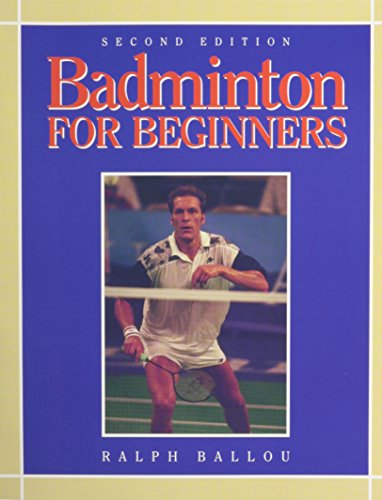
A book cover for Badminton for Beginners (Morton Activity Series); Ralph Ballou; Sports & Outdoors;